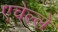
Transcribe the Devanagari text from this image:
एचेल्ले